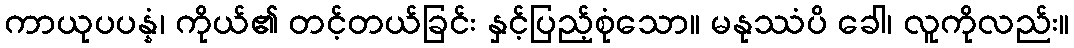
ကာယုပပန္နံ၊ ကိုယ်၏ တင့်တယ်ခြင်း နှင့်ပြည့်စုံသော။ မနုဿံပိ ခေါ၊ လူကိုလည်း။